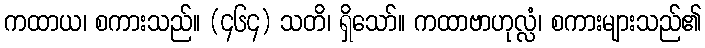
ကထာယ၊ စကားသည်။ (၄၆၄) သတိ၊ ရှိသော်။ ကထာဗာဟုလ္လံ၊ စကားများသည်၏